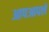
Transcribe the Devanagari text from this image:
आपआपले